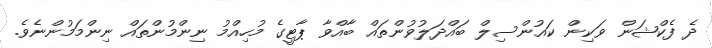
ދެ ފެކްޝަން ވަކިން ކައުންސިލް ބައްދަލުވުންތައް ބާއްވާ ޕާޓީގެ މުހިއްމު ނިންމުންތައް ނިންމަމުންނެވެ.